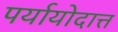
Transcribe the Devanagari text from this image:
पर्यायोदात्त